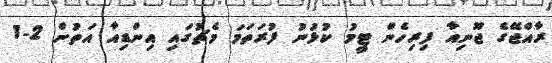
ރާއްޖޭގެ ޖޫނިއާ ފިރިހެން ޓީމު ކުޅުނު ފުރަތަމަ މެޗުގައި އިންޑިއާ އަތުން 2-1